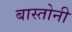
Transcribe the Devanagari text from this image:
बास्तोनी